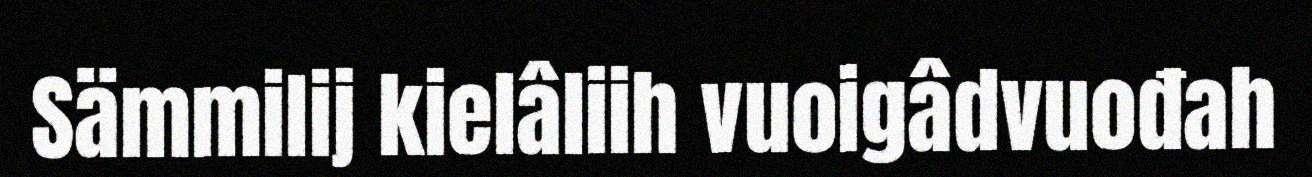
Sämmilij kielâliih vuoigâdvuođah